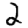
Digit: 2